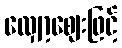
လျှော့ဈေးဖြင့်